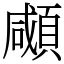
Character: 顑